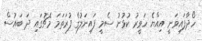
ހޯދާފައިވަނީ އިއްޔެ ހަވީރު ކުޅުނު ސެމީ ފައިނަލުގެ ފުރަތަމަ މެޗުގައި ދަ ބައުސް